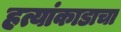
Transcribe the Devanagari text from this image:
हत्यांकाडाचा